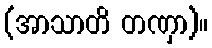
(အာသာတိ တဏှာ)။